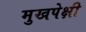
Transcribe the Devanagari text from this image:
मुखपेक्षी